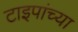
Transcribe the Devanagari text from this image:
टाइपांच्या